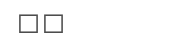
٢٥